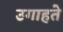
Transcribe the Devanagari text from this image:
उगाहते